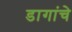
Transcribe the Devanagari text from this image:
डागांचे